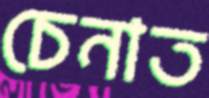
চেনাত